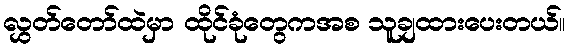
လွှတ်တော်ထဲမှာ ထိုင်ခုံတွေကအစ သူချထားပေးတယ်။